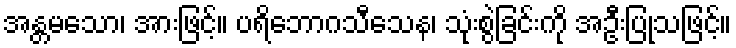
အန္တမသော၊ အားဖြင့်။ ပရိဘောဂသီသေန၊ သုံးစွဲခြင်းကို အဦးပြုသဖြင့်။